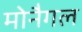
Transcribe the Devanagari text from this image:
मोनैगल